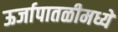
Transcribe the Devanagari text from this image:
ऊर्जापातळीमध्ये